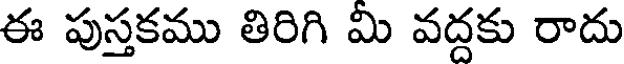
ఈ పుస్తకము తిరిగి మి వద్దకు రాదు